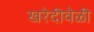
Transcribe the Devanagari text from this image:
खरेदीवेळी